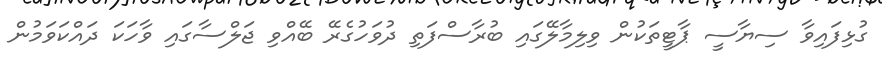
ގުޅިފައިވާ ސިޔާސީ ޕާޓީތަކުން ވިލިމާލޭގައި ބުރާސްފަތި ދުވަހުގެރޭ ބޭއްވި ޖަލްސާގައި ވާހަކަ ދައްކަވަމުން